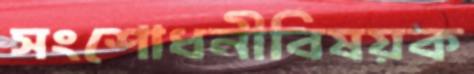
সংশোধনীবিষয়ক